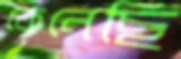
কেনেছি